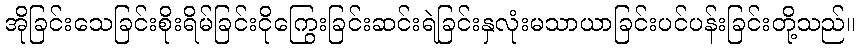
အိုခြင်းသေခြင်းစိုးရိမ်ခြင်းငိုကြွေးခြင်းဆင်းရဲခြင်းနှလုံးမသာယာခြင်းပင်ပန်းခြင်းတို့သည်။